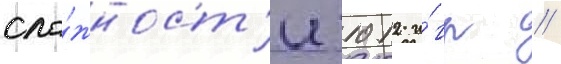
сло́жност'и 1012 и́гр //